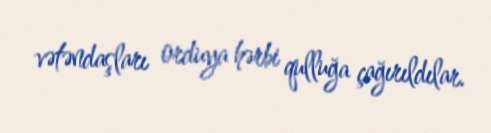
vətəndaşları orduya hərbi qulluğa çağırıldılar.